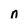
Character: n